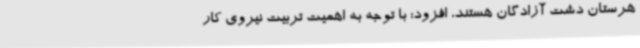
هرستان دشت آزادگان هستند، افزود: با توجه به اهمیت تربیت نیروی کار